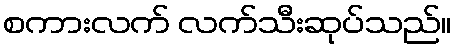
စကားလက် လက်သီးဆုပ်သည်။